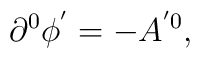
\partial^0 \phi^{^{\prime}}=-A^{^{\prime}0},